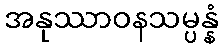
အနုဿာဝနသမ္ပန္နံ